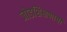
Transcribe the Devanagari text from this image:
जोडशिक्षणाची